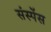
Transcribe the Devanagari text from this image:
संस्पेंस